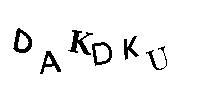
DAKDKU